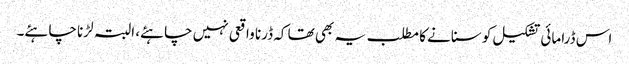
اس ڈرامائی تشکیل کو سنانے کا مطلب یہ بھی تھا کہ ڈرنا واقعی نہیں چاہئے، البتہ لڑنا چاہئے۔